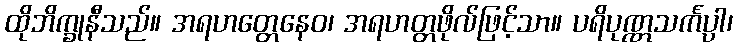
ထိုဘိက္ခုနီသည်။ အရဟတ္တေနေဝ၊ အရဟတ္တဖိုလ်ဖြင့်သာ။ ပရိပုဏ္ဏသင်္ကပ္ပါ၊